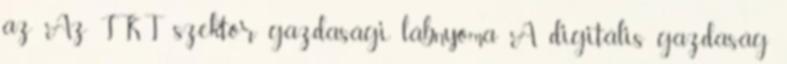
az Az IKT szektor gazdasági lábnyoma A digitális gazdaság